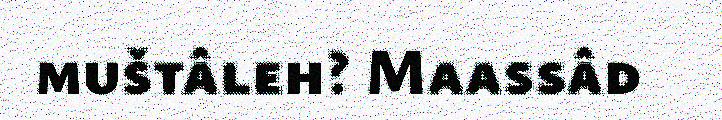
muštâleh? Maassâd